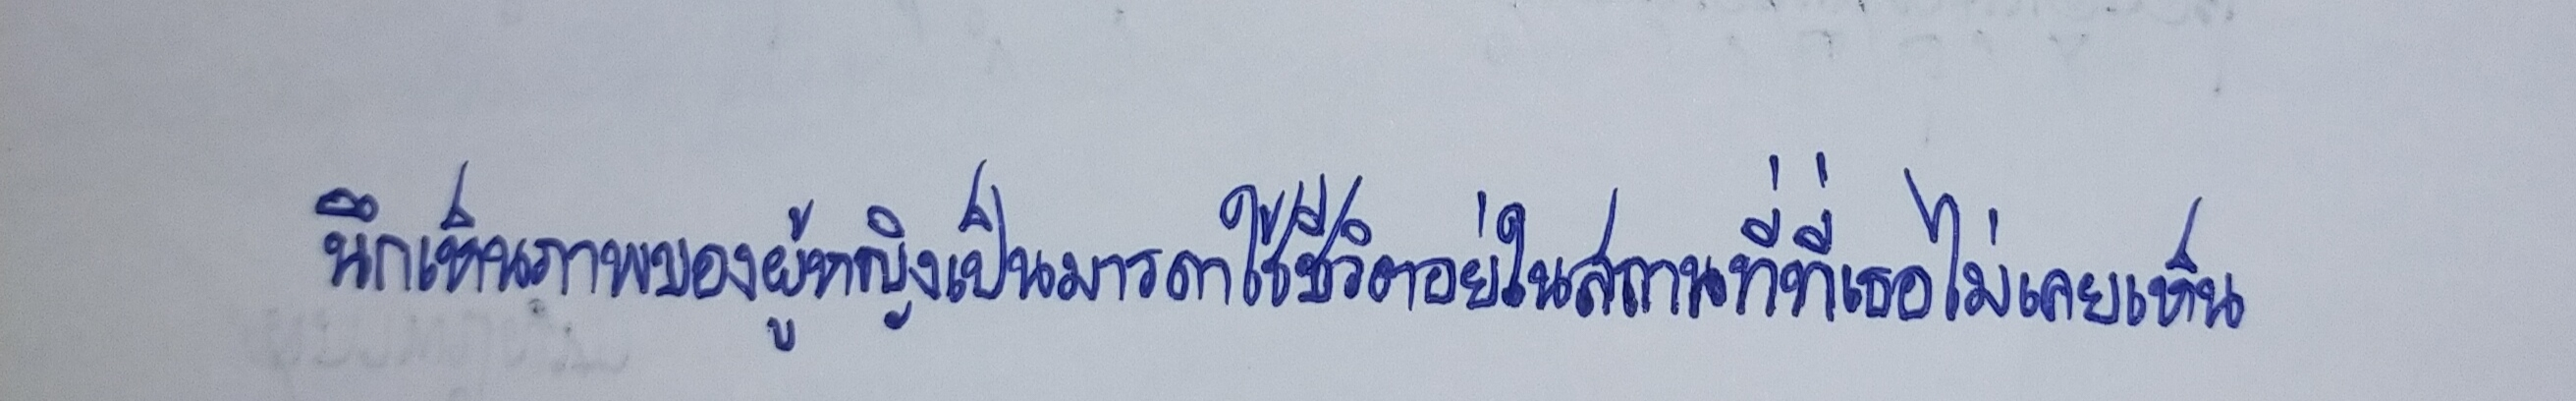
นึกเห็นภาพของผู้หญิงเป็นมารดาใช้ชีวิตอยู่ในสถานที่ที่เธอไม่เคยเห็น